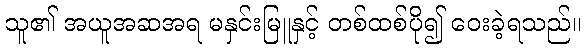
သူ၏ အယူအဆအရ မနှင်းမြူနှင့် တစ်ထစ်ပို၍ ဝေးခဲ့ရသည်။